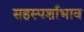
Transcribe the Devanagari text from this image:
सहस्पर्शाभाव